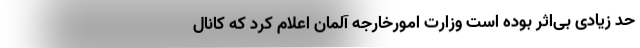
حد زیادی بی‌اثر بوده است وزارت امورخارجه آلمان اعلام کرد که کانال